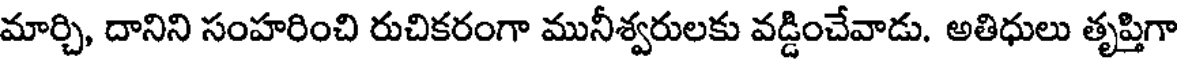
మార్చి, దానిని సంహరించి రుచికరంగా మునీశ్వరులకు వడ్డించేవాడు. అతిధులు తృప్తిగా